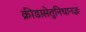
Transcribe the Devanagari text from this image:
क्रीडासेतुनिधानज्ञः